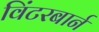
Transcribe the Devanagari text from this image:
विंटरबार्न